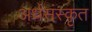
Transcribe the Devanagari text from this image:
अर्धसंस्कृत